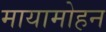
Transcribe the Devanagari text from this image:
मायामोहन